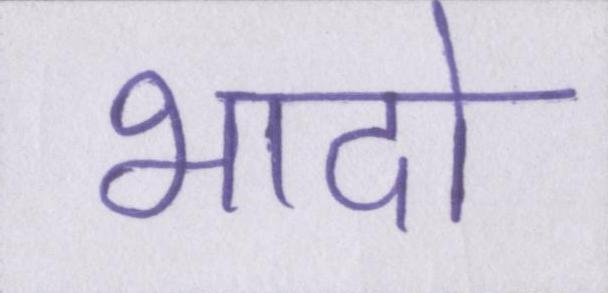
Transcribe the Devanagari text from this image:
भादो